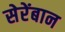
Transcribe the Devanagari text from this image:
सेरेंबान